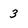
Character: 3